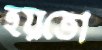
হয়তো